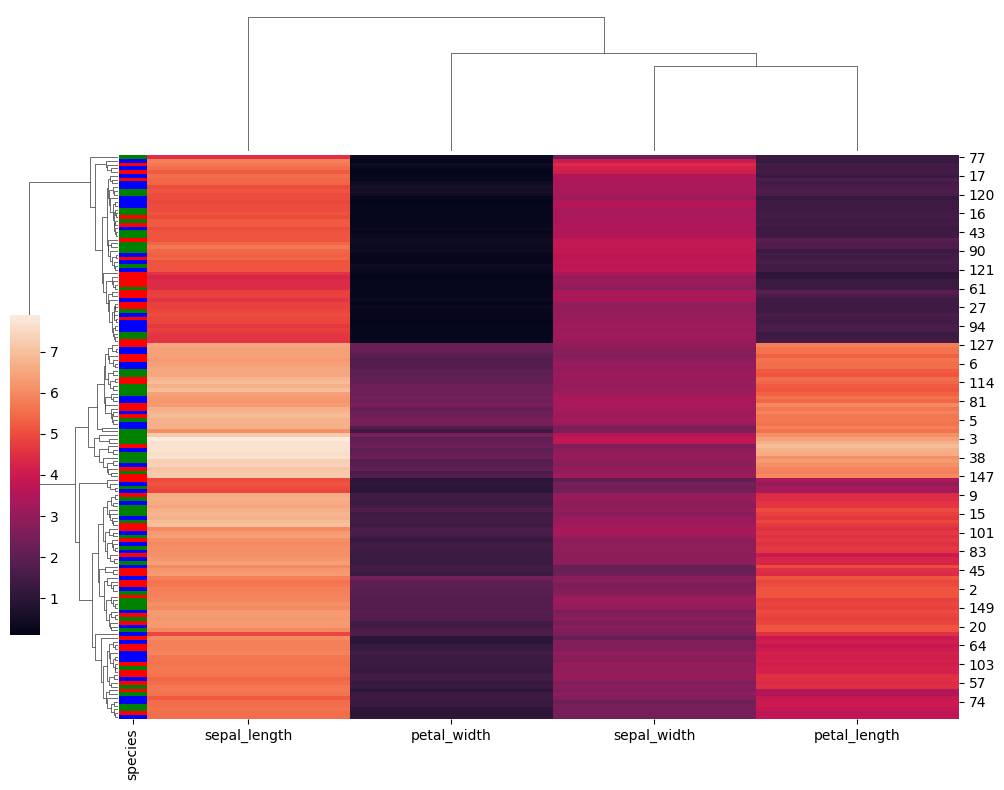
python, seaborn, clustermap, figsize=(10, 8), row_cluster=True, dendrogram_ratio=(0.1, 0.2), cbar_pos=(0, 0.2, 0.03, 0.4)